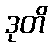
ဒုတိ